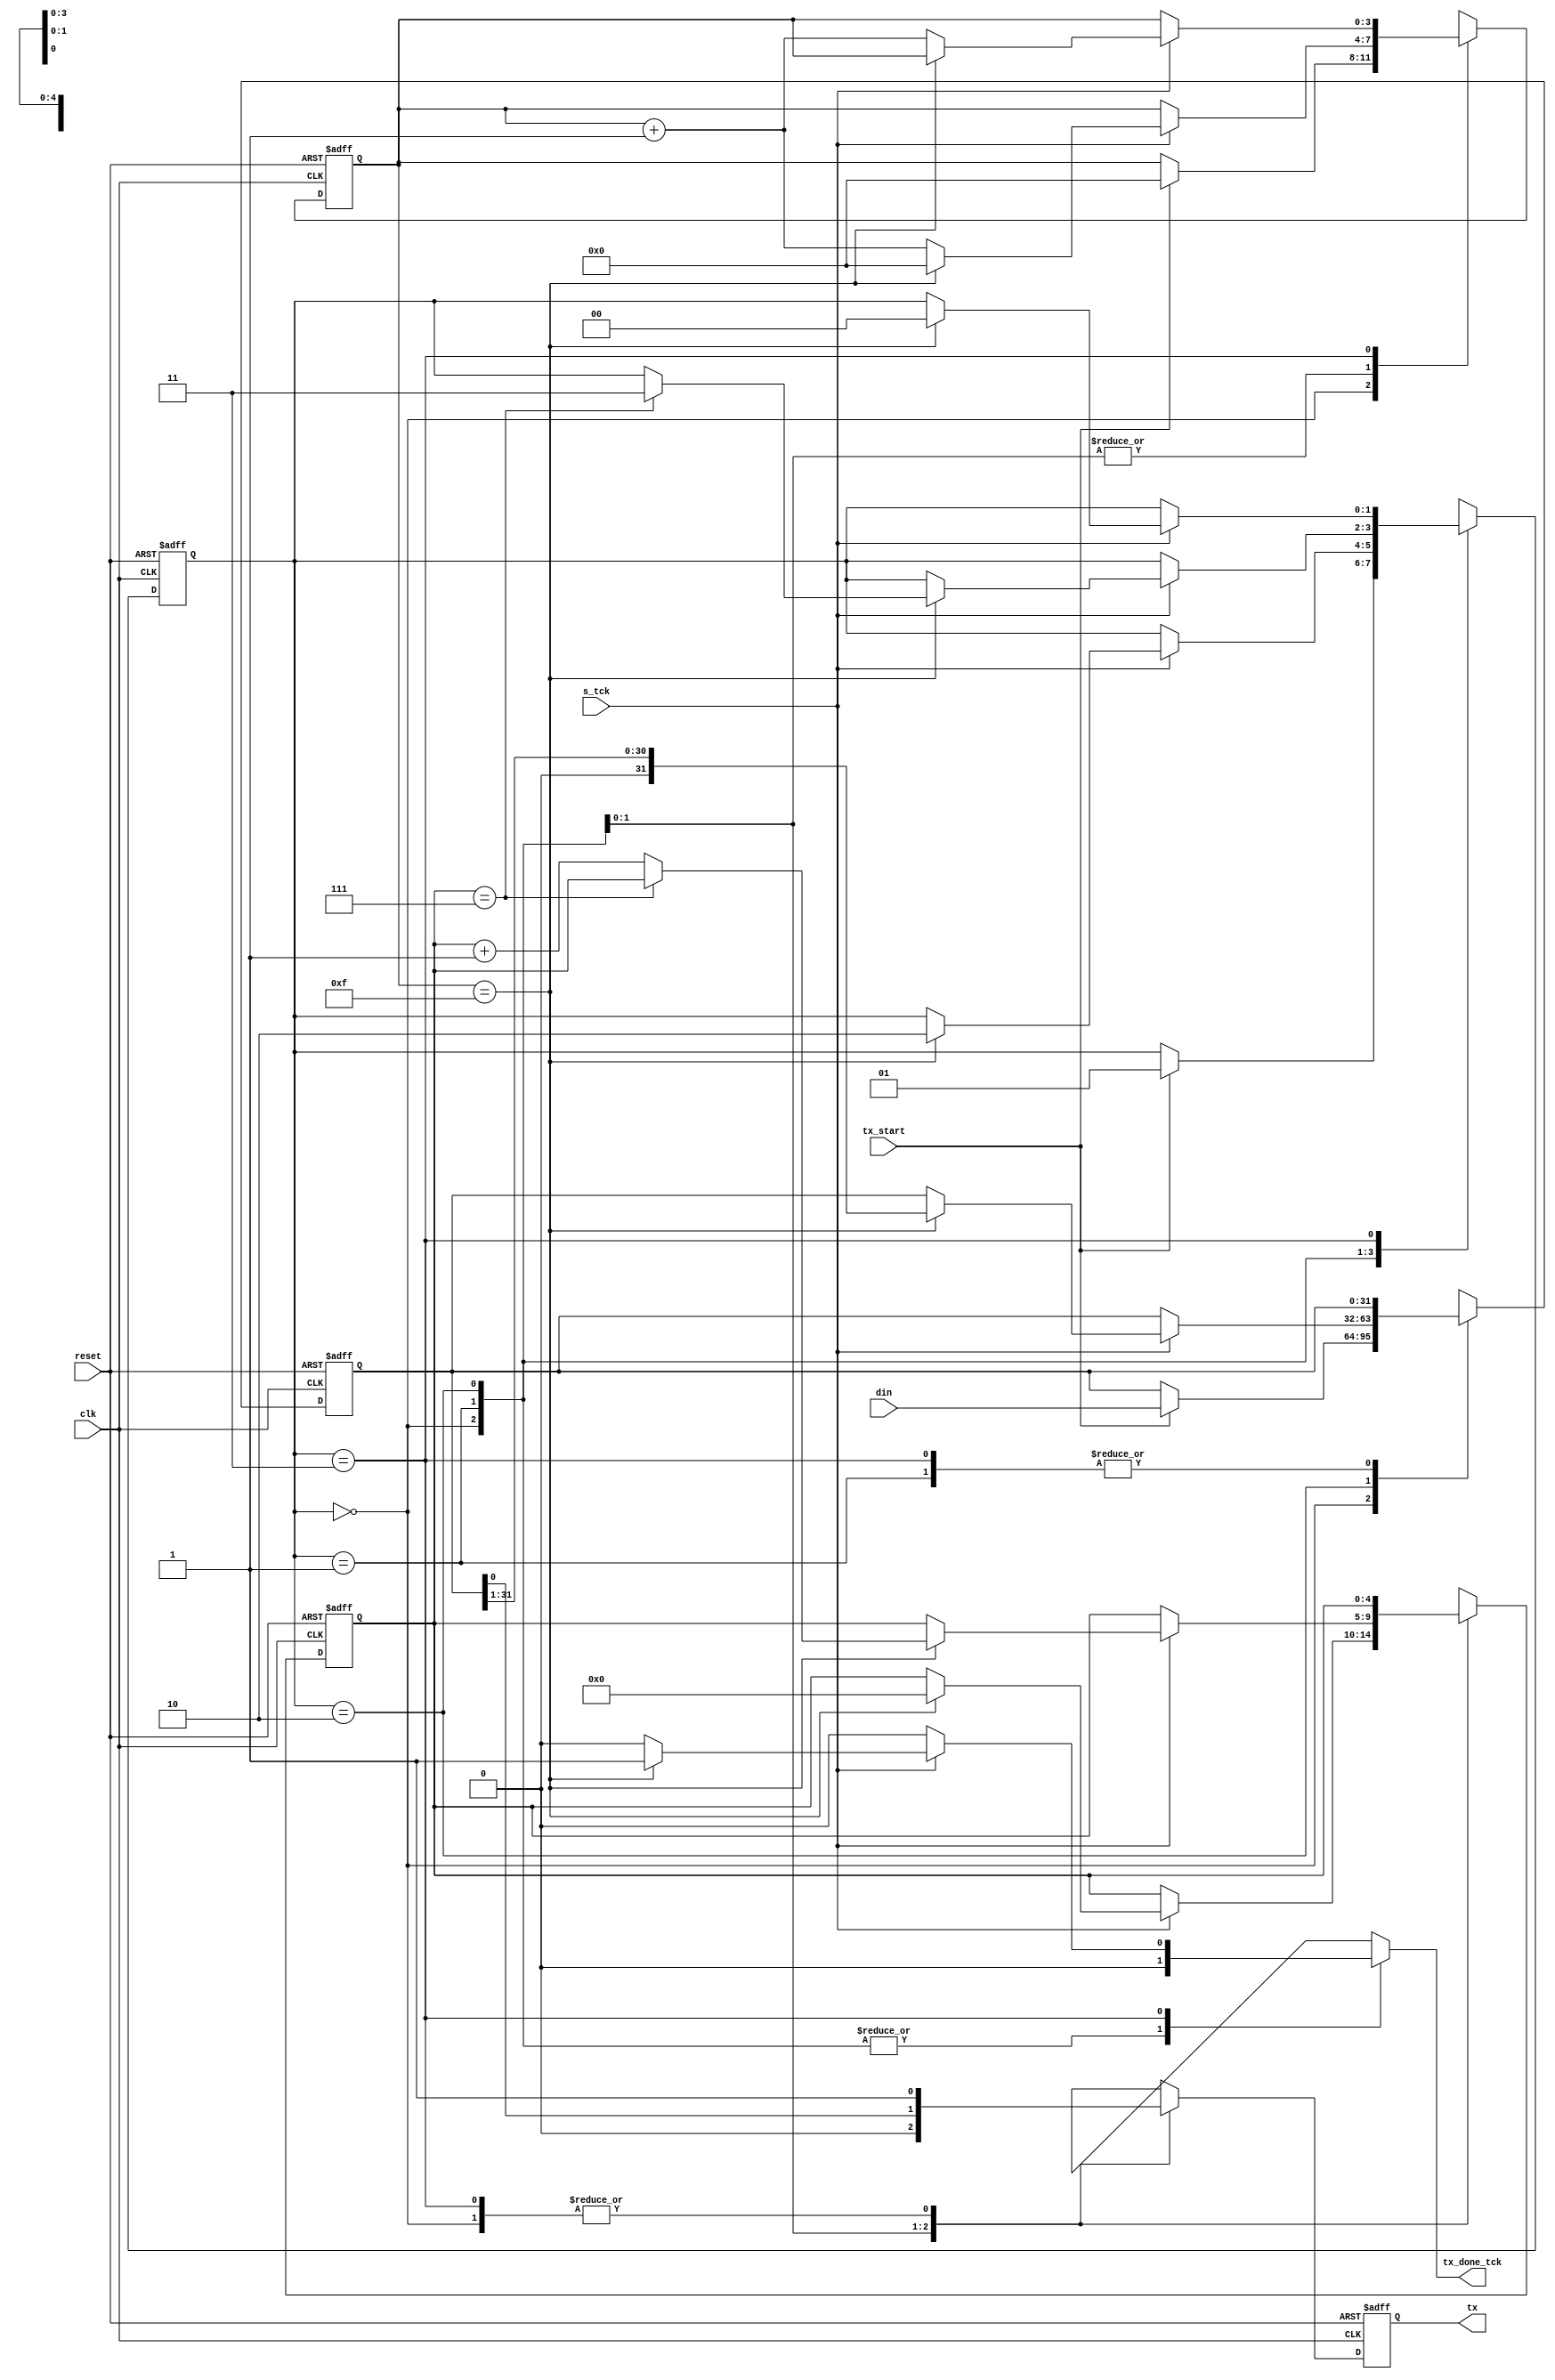
//////////////////////////////////////////////////////////////////////////////
/// Copyright (c) 2014, Ajit Mathew <ajitmathew04@gmail.com>
/// All rights reserved.
///
// Redistribution and use in source and binary forms, with or without modification, 
/// are permitted provided that the following conditions are met:
///
///  * Redistributions of source code must retain the above copyright notice, 
///    this list of conditions and the following disclaimer.
///  * Redistributions in binary form must reproduce the above copyright notice, 
///    this list of conditions and the following disclaimer in the documentation and/or 
///    other materials provided with the distribution.
///
///    THIS SOFTWARE IS PROVIDED BY THE COPYRIGHT HOLDERS AND CONTRIBUTORS "AS IS" AND ANY 
///    EXPRESS OR IMPLIED WARRANTIES, INCLUDING, BUT NOT LIMITED TO, THE IMPLIED WARRANTIES 
///    OF MERCHANTABILITY AND FITNESS FOR A PARTICULAR PURPOSE ARE DISCLAIMED. IN NO EVENT 
///    SHALL THE COPYRIGHT HOLDER OR CONTRIBUTORS BE LIABLE FOR ANY DIRECT, INDIRECT, 
///    INCIDENTAL, SPECIAL, EXEMPLARY, OR CONSEQUENTIAL DAMAGES (INCLUDING, BUT NOT 
///    LIMITED TO, PROCUREMENT OF SUBSTITUTE GOODS OR SERVICES; LOSS OF USE, DATA, OR 
///    PROFITS; OR BUSINESS INTERRUPTION) HOWEVER CAUSED AND ON ANY THEORY OF LIABILITY, 
///    WHETHER IN CONTRACT, STRICT LIABILITY, OR TORT (INCLUDING NEGLIGENCE OR OTHERWISE) 
///    ARISING IN ANY WAY OUT OF THE USE OF THIS SOFTWARE, EVEN IF ADVISED OF THE 
///   POSSIBILITY OF SUCH DAMAGE.
///
///
///  * http://opensource.org/licenses/MIT
///  * http://copyfree.org/licenses/mit/license.txt
///
//////////////////////////////////////////////////////////////////////////////

module uart_tx
   #(
     parameter DBIT = 8,     // # data bits
               SB_tck = 16  // # tcks for stop bits
   )
   (
    input wire clk, reset,
    input wire tx_start, s_tck,
    input wire [31:0] din,
    output reg tx_done_tck,
    output wire tx
   );

   
   localparam [1:0]idle  = 2'b00,start = 2'b01,data  = 2'b10,stop  = 2'b11;

   
   reg [1:0] state, state_next;
   reg [3:0] s, s_next;
   reg [4:0] n, n_next;
   reg [31:0] b, b_next; // Bit in data
   reg tx_reg, tx_next;

   
   always @(posedge clk, posedge reset)
      if (reset)
         begin
            state <= idle;
            s <= 0;
            n <= 0;
            b <= 0;
            tx_reg <= 1'b1;
         end
      else
         begin
            state <= state_next;
            s <= s_next;
            n <= n_next;
            b <= b_next;
            tx_reg <= tx_next;
         end

  
   always @*
   begin
      state_next = state;
      tx_done_tck = 1'b0;
      s_next = s;
      n_next = n;
      b_next = b;
      tx_next = tx_reg ;
      case (state)
         idle:
            begin
               tx_next = 1'b1;
               if (tx_start)
                  begin
                     state_next = start;
                     s_next = 0;
                     b_next = din;
                  end
            end
         start:
            begin
               tx_next = 1'b0;
               if (s_tck)
                  if (s==15)
                     begin
                        state_next = data;
                        s_next = 0;
                        n_next = 0;
                     end
                  else
                     s_next = s + 1;
            end
         data:
            begin
               tx_next = b[0];
               if (s_tck)
                  if (s==15)
                     begin
                        s_next = 0;
                        b_next = b >> 1;
                        if (n==(DBIT-1)) // N have to be large enough to hold Dbit
                           state_next = stop ;
                        else
                           n_next = n + 1;
                     end
                  else
                     s_next = s + 1;
            end
         stop:
            begin
               tx_next = 1'b1;
               if (s_tck)
                  if (s==(SB_tck-1))
                     begin
                        state_next = idle;
                        tx_done_tck = 1'b1;
                     end
                  else
                     s_next = s + 1;
            end
      endcase
   end

   assign tx = tx_reg;

endmodule